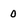
Character: 0